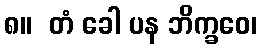
၈။  တံ ခေါ ပန ဘိက္ခဝေ၊